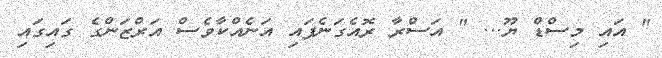
" އައި މިސްޑް ޔޫ... " އަސްރާ ރޮއެގަނެފައި އަނެއްކާވެސް އަރްޒަންގެ ގައިގައި